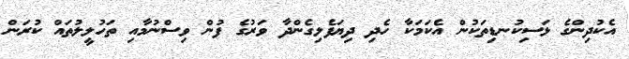
އެކުދިންގެ ޅަސިކުނޑިތަކުން އެކަމަކާ ހެދި ދިޔަފެލިގެންދާ ވަރުގެ ފުން ވިސްނުމާއި ތަހުލީލުތައް ކުރަން